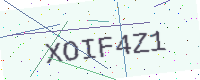
Text: XOIF4Z1